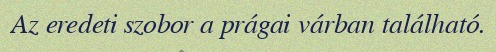
Az eredeti szobor a prágai várban található.